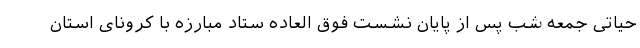
حیاتی جمعه شب پس از پایان نشست فوق العاده ستاد مبارزه با کرونای استان